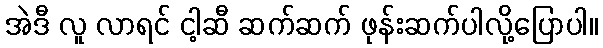
အဲဒီ လူ လာရင် ငါ့ဆီ ဆက်ဆက် ဖုန်းဆက်ပါလို့ပြောပါ။